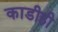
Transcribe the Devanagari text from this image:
काडीही